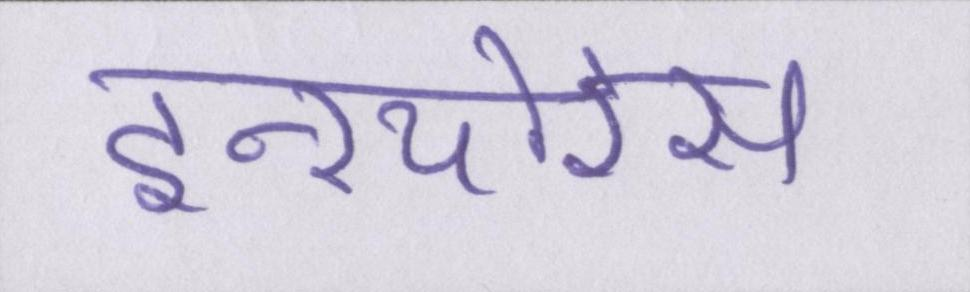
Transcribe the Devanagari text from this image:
इन्श्योरेंस